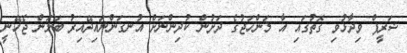
ޝަރީފް ވިދާޅުވި ގޮތުގައި އާ މަންހަޖުގެ ދަށުން ކުދިންނަށް އުނގަންނައިދޭއިރު ބަލަން ޖެހޭނީ